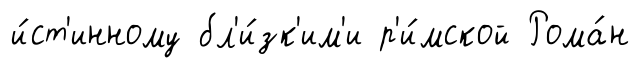
и́ст'инному бл'и́зк'им'и р'и́мской Рома́н